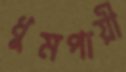
ধুমপায়ী